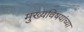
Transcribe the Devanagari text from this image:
मुख्यविषयांच्या